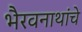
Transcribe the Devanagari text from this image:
भैरवनाथांचे